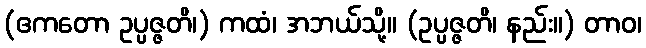
(ဧကတော ဥပ္ပဇ္ဇတိ၊) ကထံ၊ အဘယ်သို့။ (ဥပ္ပဇ္ဇတိ၊ နည်း။) တာဝ၊